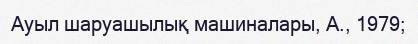
Ауыл шаруашылық машиналары, А., 1979;